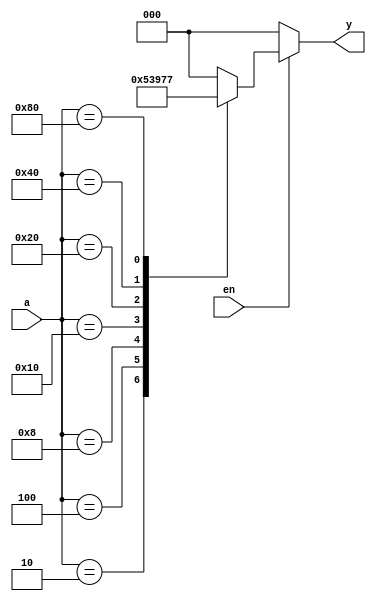

module Encoder8x3(
   
   input [7:0]a,
   input en,
   output reg [2:0]y
);

always @(*) begin
   if(en==0) begin
     y=0;
   end else begin
       case(a)
            8'b00000001 : y=3'd0;
            8'b00000010 : y=3'd1;
            8'b00000100 : y=3'd2;
            8'b00001000 : y=3'd3;
            8'b00010000 : y=3'd4;
            8'b00100000 : y=3'd5;
            8'b01000000 : y=3'd6;
            8'b10000000 : y=3'd7;
     default: y=3'd0;
     endcase
   end
end

endmodule